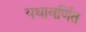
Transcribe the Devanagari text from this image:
यथावर्णित